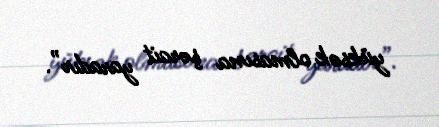
yüksək olmasına şərait yaradır”.